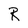
Character: R